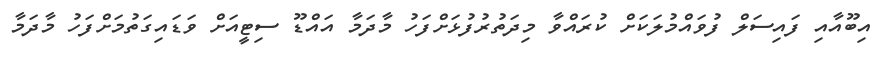
އިބޫއާއި ފައިސަލް ފުވައްމުލަކަށް ކުރައްވާ މިދަތުރުފުޅަށްފަހު މާދަމާ އައްޑޫ ސިޓީއަށް ވަޑައިގަތުމަށްފަހު މާދަމާ